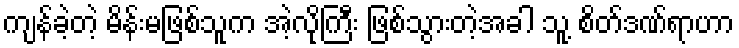
ကျန်ခဲ့တဲ့ မိန်းမဖြစ်သူက အဲ့လိုကြီး ဖြစ်သွားတဲ့အခါ သူ့ စိတ်ဒဏ်ရာဟာ